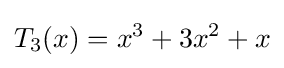
T_{3}(x)=x^{3}+3x^{2}+x